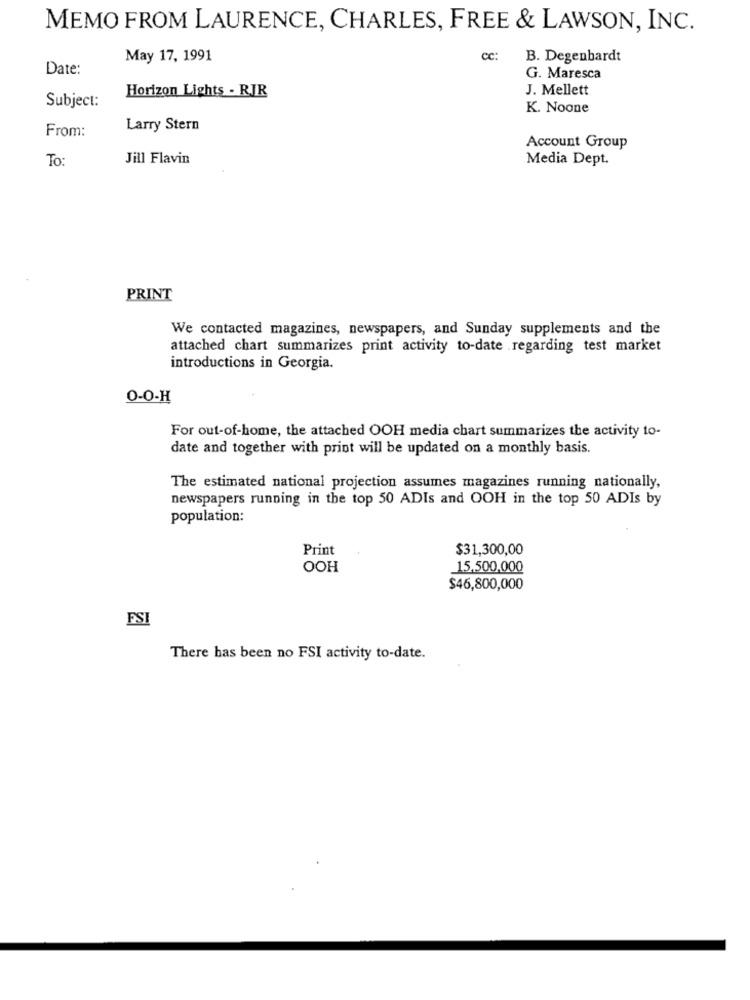
MEMO FROM LAURENCE, CHARLES, FREE & LAWSON, INC.
May 17, 1991
Cc:
B. Degenhardt
Date:
G. Maresca
Horizon Lights - RIR
J. Mellett
Subject:
K. Noone
From:
Larry Stern
Account Group
To:
Jill Flavin
Media Dept.
PRINT
We contacted magazines, newspapers, and Sunday supplements and the
attached chart summarizes print activity to-date regarding test market
introductions in Georgia.
0-0-H
For out-of-home, the attached OOH media chart summarizes the activity to-
date and together with print will be updated on a monthly basis.
The estimated national projection assumes magazines running nationally,
newspapers running in the top 50 ADIs and OOH in the top 50 ADIs by
population:
Print
$31,300,00
OOH
15.500,000
$46,800,000
FSI
There has been no FSI activity to-date.